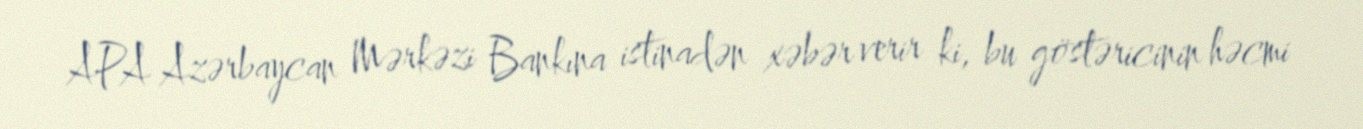
APA Azərbaycan Mərkəzi Bankına istinadən xəbər verir ki, bu göstəricinin həcmi